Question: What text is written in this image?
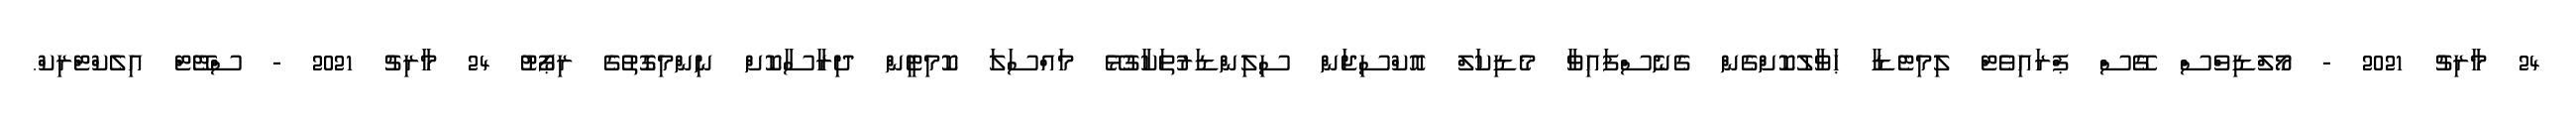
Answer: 24 މާރިޗު 2021 - މޯލްޑިވްސް ގޭސް ޕްރައިވެޓް ލިމިޓެޑާ ޙަވާލުކޮށްގެން ގެނެސްފައިވާ މެޑިކަލް އޮކްސިޖަން ސިލިންޑަރުތަކާގުޅޭ މައްސަލަ ކޮމިޓީން ދިރާސާކޮށް ނިންމިގޮތުގެ ރިޕޯޓު 24 މާރިޗު 2021 - ސްޓޭޓް އިލެކްޓްރިކް.